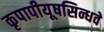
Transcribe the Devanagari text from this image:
कृपापीयूषसिन्धवे